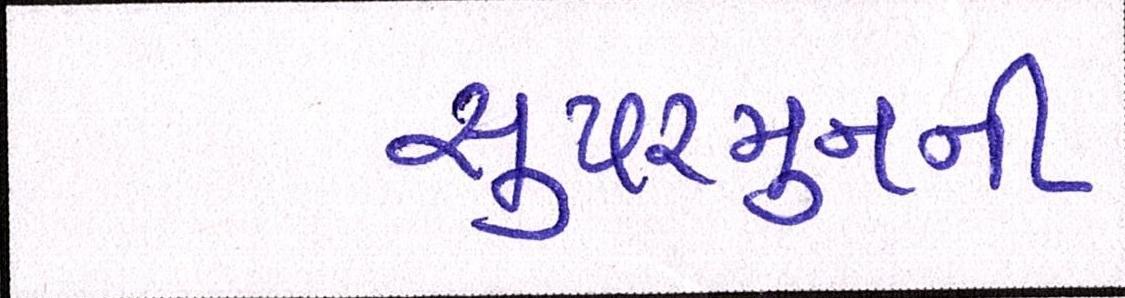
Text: સુપરમુનની